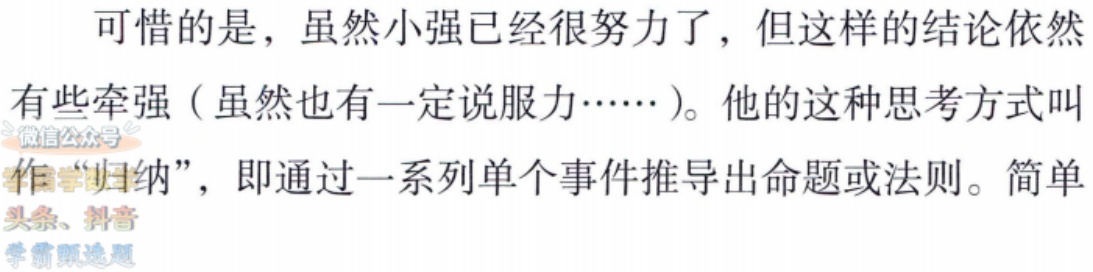
可惜的是，虽然小强已经很努力了，但这样的结论依然

有些牵强（虽然也有一定说服力……）。他的这种思考方式叫

作“归纳”，即通过一系列单个事件推导出命题或法则。简单